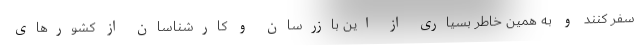
سفر کنند و به همین خاطر بسیاری از این بازرسان و کارشناسان از کشورهای